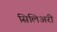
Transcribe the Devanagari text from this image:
सिलिअरी